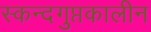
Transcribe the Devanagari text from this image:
स्कन्दगुप्तकालीन